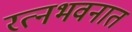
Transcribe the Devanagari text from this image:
रत्‍नभवनात